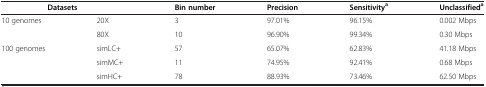
<table><thead><tr><td colspan="2"><b>Datasets</b></td><td><b>Bin number</b></td><td><b>Precision</b></td><td><b>Sensitivity<sup>a</sup></b></td><td><b>Unclassified<sup>a</sup></b></td></tr></thead><tbody><tr><td rowspan="2">10 genomes</td><td>20X</td><td>3</td><td>97.01%</td><td>96.15%</td><td>0.002 Mbps</td></tr><tr><td>80X</td><td>10</td><td>96.90%</td><td>99.34%</td><td>0.30 Mbps</td></tr><tr><td rowspan="3">100 genomes</td><td>simLC+</td><td>57</td><td>65.07%</td><td>62.83%</td><td>41.18 Mbps</td></tr><tr><td>simMC+</td><td>11</td><td>74.95%</td><td>92.41%</td><td>0.68 Mbps</td></tr><tr><td>simHC+</td><td>78</td><td>88.93%</td><td>73.46%</td><td>62.50 Mbps</td></tr></tbody></table>